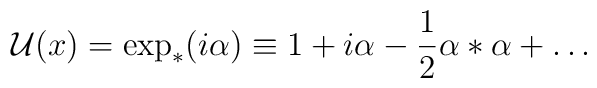
{\cal U}(x) = \exp_*(i\alpha) \equiv 1 + i \alpha - \frac{1}{2}\alpha*\alpha + \ldots